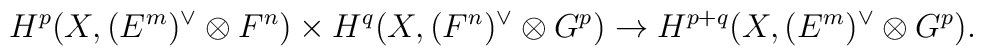
H^p(X,(E^m)^\vee\otimes F^n) \times H^q(X,(F^n)^\vee\otimes G^p)\to H^{p+q}(X,(E^m)^\vee\otimes G^p).